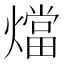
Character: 𭶙